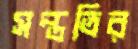
সন্ততির